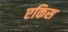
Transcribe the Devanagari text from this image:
एकिस